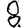
Digit: 8